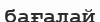
бағалай